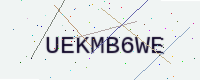
Text: UEKMB6WE